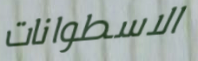
الاسطوانات